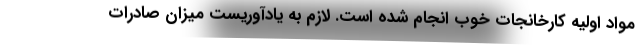
مواد اولیه کارخانجات خوب انجام شده است. لازم به یادآوریست میزان صادرات